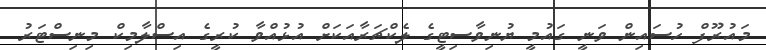
މައުރޫފް ހުސައިން ވަނީ ގައުމީ ޔުނިވާސިޓީގެ ލެކްޗަރާއަކަށް އުޅުއްވާ ކުރީގެ އިސްލާމިކް މިނިސްޓަރު